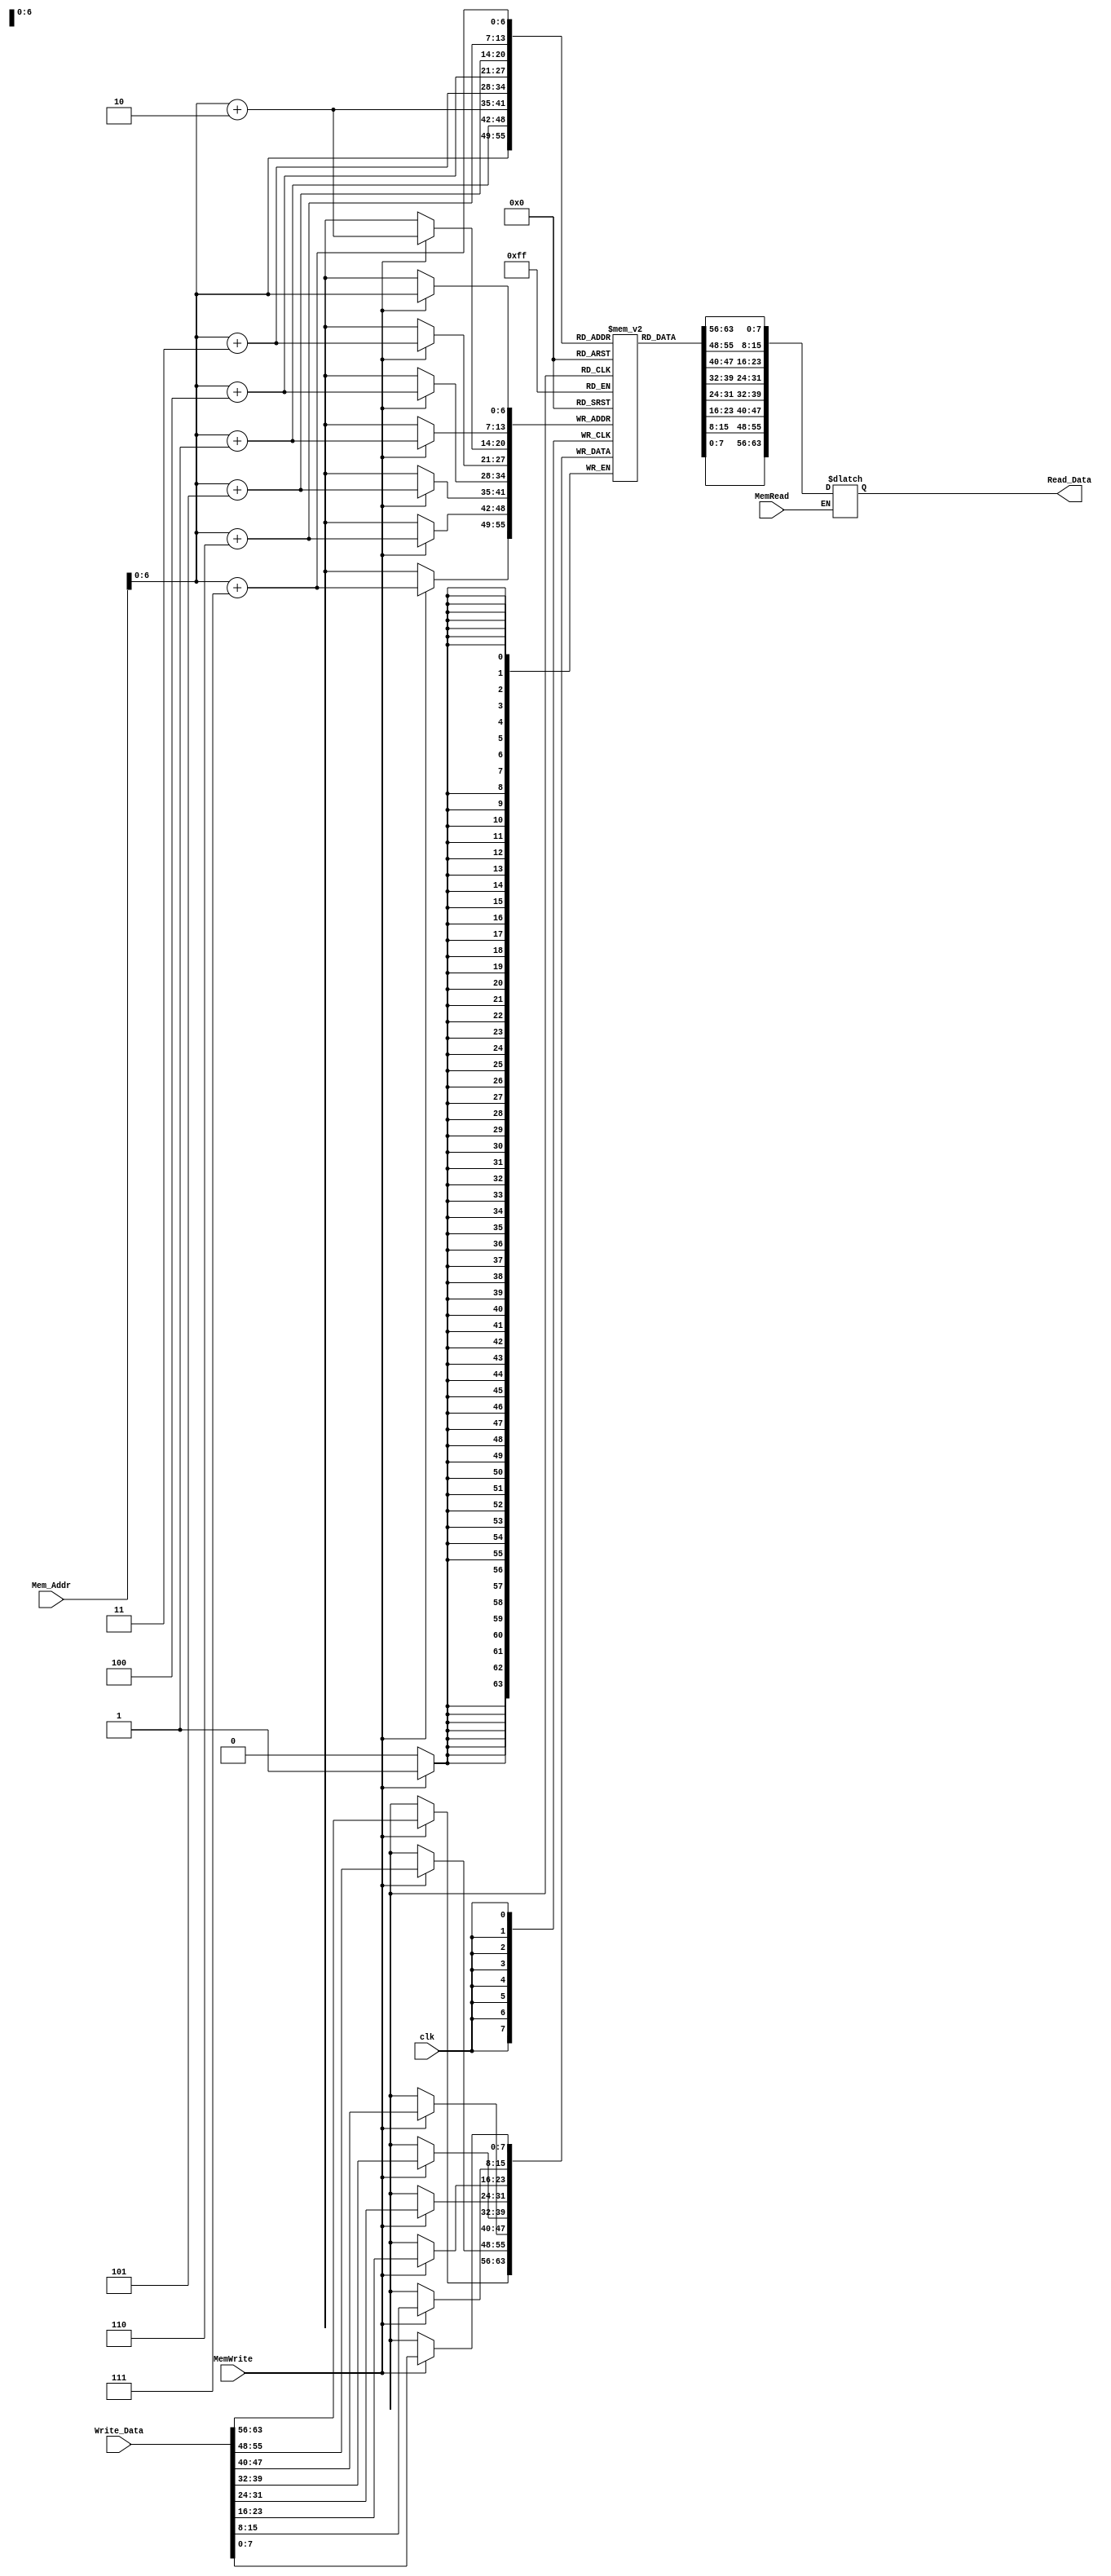
`timescale 1ns / 1ps

module Data_Memory
(
	input [63:0] Mem_Addr,
	input [63:0] Write_Data,
	input clk, MemWrite, MemRead,
	output reg [63:0] Read_Data
);

	reg [7:0] DataMemory [79:0];

    integer i;
    
    initial begin
        for(i = 0; i < 80; i = i + 1) begin DataMemory[i] = 8'd0; end
	end
	always @ (posedge clk)
	begin
		if (MemWrite)
		begin
			DataMemory[Mem_Addr] = Write_Data[7:0];
			DataMemory[Mem_Addr+1] = Write_Data[15:8];
			DataMemory[Mem_Addr+2] = Write_Data[23:16];
			DataMemory[Mem_Addr+3] = Write_Data[31:24];
			DataMemory[Mem_Addr+4] = Write_Data[39:32];
			DataMemory[Mem_Addr+5] = Write_Data[47:40];
			DataMemory[Mem_Addr+6] = Write_Data[55:48];
			DataMemory[Mem_Addr+7] = Write_Data[63:56];
		end
	end
	
	always @ (*)
	begin
		if (MemRead)
			Read_Data = {DataMemory[Mem_Addr+7],DataMemory[Mem_Addr+6],DataMemory[Mem_Addr+5],DataMemory[Mem_Addr+4],DataMemory[Mem_Addr+3],DataMemory[Mem_Addr+2],DataMemory[Mem_Addr+1],DataMemory[Mem_Addr]};
	end
	
	
	
endmodule